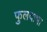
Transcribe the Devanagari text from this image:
फुलदाभा